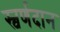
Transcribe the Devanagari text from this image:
स्वर्णदान